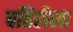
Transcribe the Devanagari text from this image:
बहिरीला